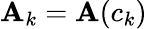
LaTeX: {\mathbf A}_{k}={\mathbf A}(c_{k})